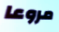
مروعا